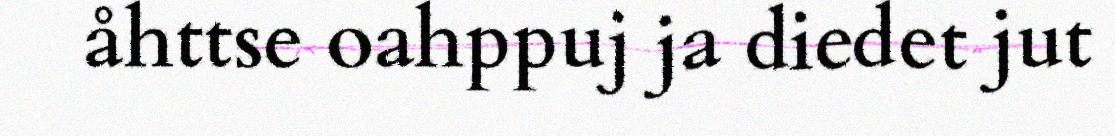
åhttse oahppuj ja diedet jut